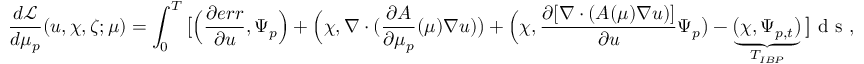
\frac { d \mathcal { L } } { d \mu _ { p } } ( u , \chi , \zeta ; \mu ) = \int _ { 0 } ^ { T } \big [ \Big ( \frac { \partial e r r } { \partial u } , \Psi _ { p } \Big ) + \Big ( \chi , \nabla \cdot ( \frac { \partial A } { \partial \mu _ { p } } ( \mu ) \nabla u ) \big ) + \Big ( \chi , \frac { \partial [ \nabla \cdot ( A ( \mu ) \nabla u ) ] } { \partial u } \Psi _ { p } \big ) - \underbrace { \big ( \chi , \Psi _ { p , t } \big ) } _ { T _ { I B P } } \big ] \textrm { d s } ,